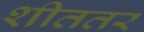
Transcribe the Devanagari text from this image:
शीततर